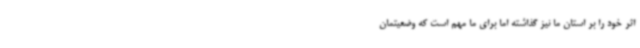
اثر خود را بر استان ما نیز گذاشته اما برای ما مهم است که وضعیتمان